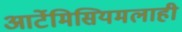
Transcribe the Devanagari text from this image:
आर्टेमिसियमलाही